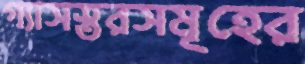
গ্যাসস্তরসমূহের